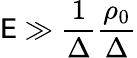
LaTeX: \mathsf{E}\gg\frac{{1}}{{\Delta}}\frac{{\rho_{0}}}{{\Delta}}